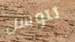
تتوسل